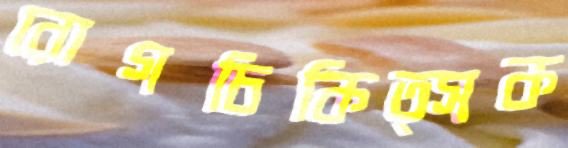
রোগচিকিত্সক